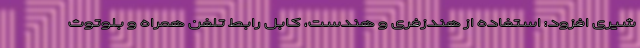
شیری افزود: استفاده از هندزفری و هندست، کابل رابط تلفن همراه و بلوتوث